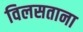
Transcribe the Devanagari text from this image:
विलसताना